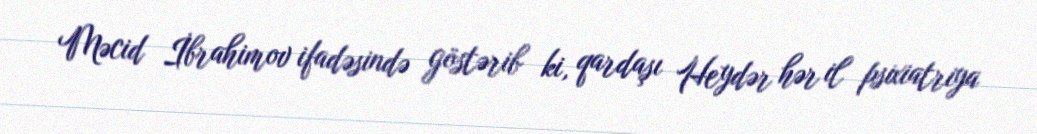
Məcid İbrahimov ifadəsində göstərib ki, qardaşı Heydər hər il psixiatriya